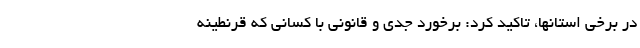
در برخی استانها، تاکید کرد: برخورد جدی و قانونی با کسانی که قرنطینه